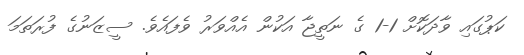
ކަޕުގައި ވާދަކޮށް 1-1 ގެ ނަތީޖާ އަކުން އެއްވަރު ވެފައެވެ. ސީޒަނުގެ ފުރަތަމަ